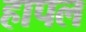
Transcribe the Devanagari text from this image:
हापल